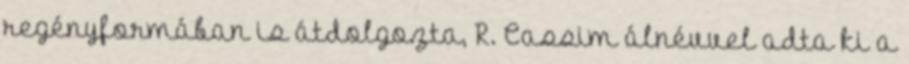
regényformában is átdolgozta, R. Cassim álnévvel adta ki a